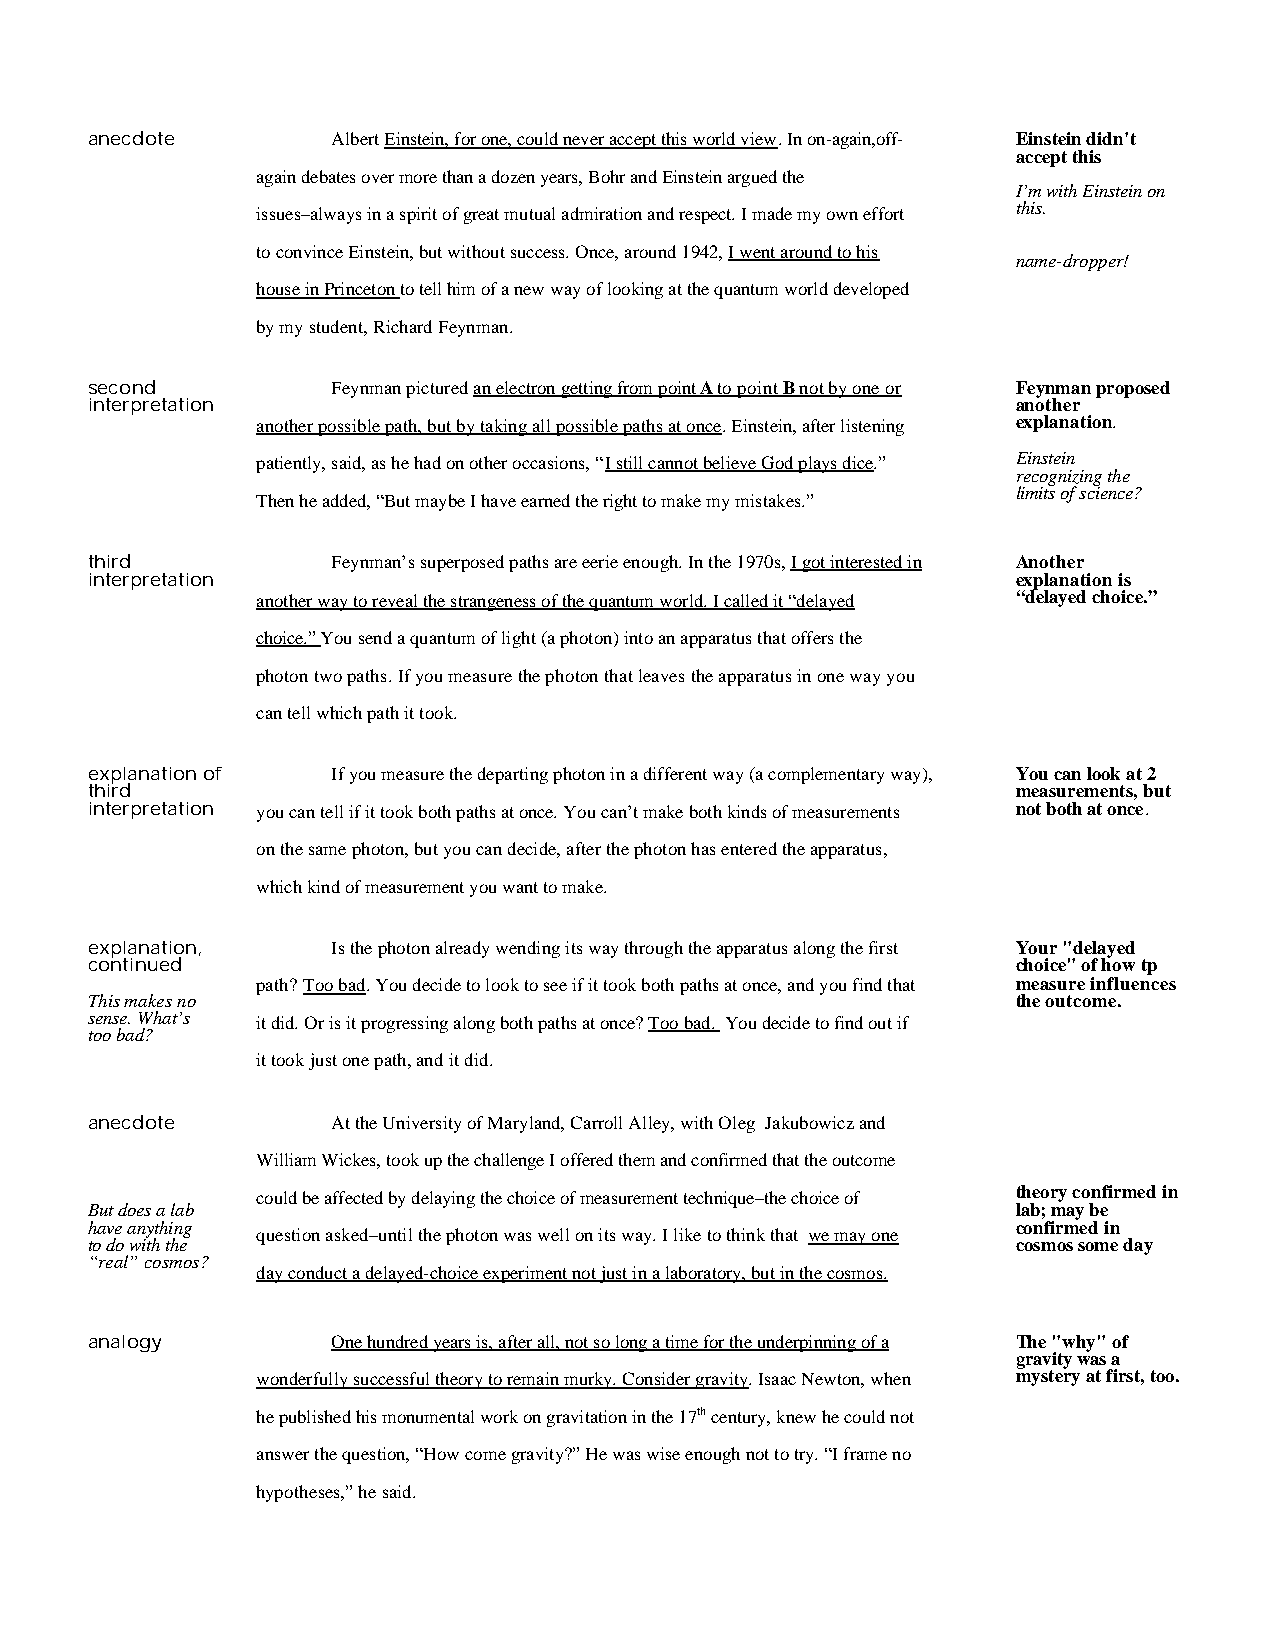
anecdote        Albert Einstein, for one, could never accept this world view. In on-again,off- Einstein didn't
 accept this
 again debates over more than a dozen years, Bohr and Einstein argued the
 I’m with Einstein on
 issues–always in a spirit of great mutual admiration and respect. I made my own effort this.
 to convince Einstein, but without success. Once, around 1942, I went around to his
 name-dropper!
 house in Princeton to tell him of a new way of looking at the quantum world developed
 by my student, Richard Feynman.
 second          Feynman pictured an electron getting from point A to point B not by one or Feynman proposed
 interpretation                                               another
 another possible path, but by taking all possible paths at once. Einstein, after listening explanation.
 patiently, said, as he had on other occasions, “I still cannot believe God plays dice.” Einstein
 recognizing the
 limits of science?
 Then he added, “But maybe I have earned the right to make my mistakes.”
 third           Feynman’s superposed paths are eerie enough. In the 1970s, I got interested in Another
 interpretation                                               explanation is
 another way to reveal the strangeness of the quantum world. I called it “delayed “delayed choice.”
 choice.” You send a quantum of light (a photon) into an apparatus that offers the
 photon two paths. If you measure the photon that leaves the apparatus in one way you
 can tell which path it took.
 explanation of  If you measure the departing photon in a different way (a complementary way), You can look at 2
 third                                                        measurements, but
 interpretation you can tell if it took both paths at once. You can’t make both kinds of measurements not both at once.
 on the same photon, but you can decide, after the photon has entered the apparatus,
 which kind of measurement you want to make.
 explanation,    Is the photon already wending its way through the apparatus along the first Your "delayed
 continued                                                    choice" of how tp
 path? Too bad. You decide to look to see if it took both paths at once, and you find that measure influences
 This makes no                                                the outcome.
 sense. What’s it did. Or is it progressing along both paths at once? Too bad. You decide to find out if
 too bad?
 it took just one path, and it did.
 anecdote        At the University of Maryland, Carroll Alley, with Oleg Jakubowicz and
 William Wickes, took up the challenge I offered them and confirmed that the outcome
 could be affected by delaying the choice of measurement technique–the choice of theory confirmed in
 But does a lab                                               lab; may be
 have anything                                                confirmed in
 question asked–until the photon was well on its way. I like to think that we may one
 to do with the                                               cosmos some day
 “real” cosmos?
 day conduct a delayed-choice experiment not just in a laboratory, but in the cosmos.
 analogy         One hundred years is, after all, not so long a time for the underpinning of a The "why" of
 gravity was a
 wonderfully successful theory to remain murky. Consider gravity. Isaac Newton, when mystery at first, too.
 he published his monumental work on gravitation in the 17th century, knew he could not
 answer the question, “How come gravity?” He was wise enough not to try. “I frame no
 hypotheses,” he said.